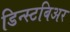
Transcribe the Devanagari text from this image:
डिन्स्टबिअर